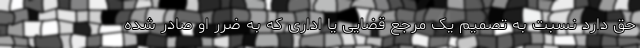
حق دارد نسبت به تصمیم یک مرجع قضایی یا اداری که به ضرر او صادر شده